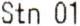
STN 01